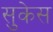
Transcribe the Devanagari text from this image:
सुकेस